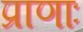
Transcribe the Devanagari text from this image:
प्राणाः